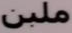
ملبن